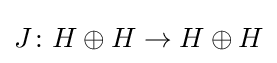
J\colon H\oplus H\to H\oplus H